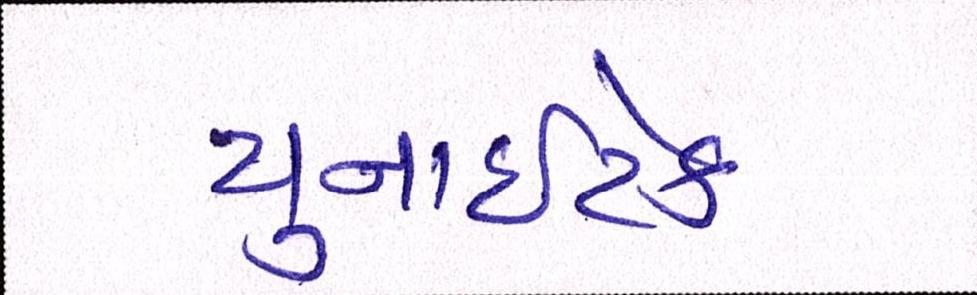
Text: યુનાઈટેડ